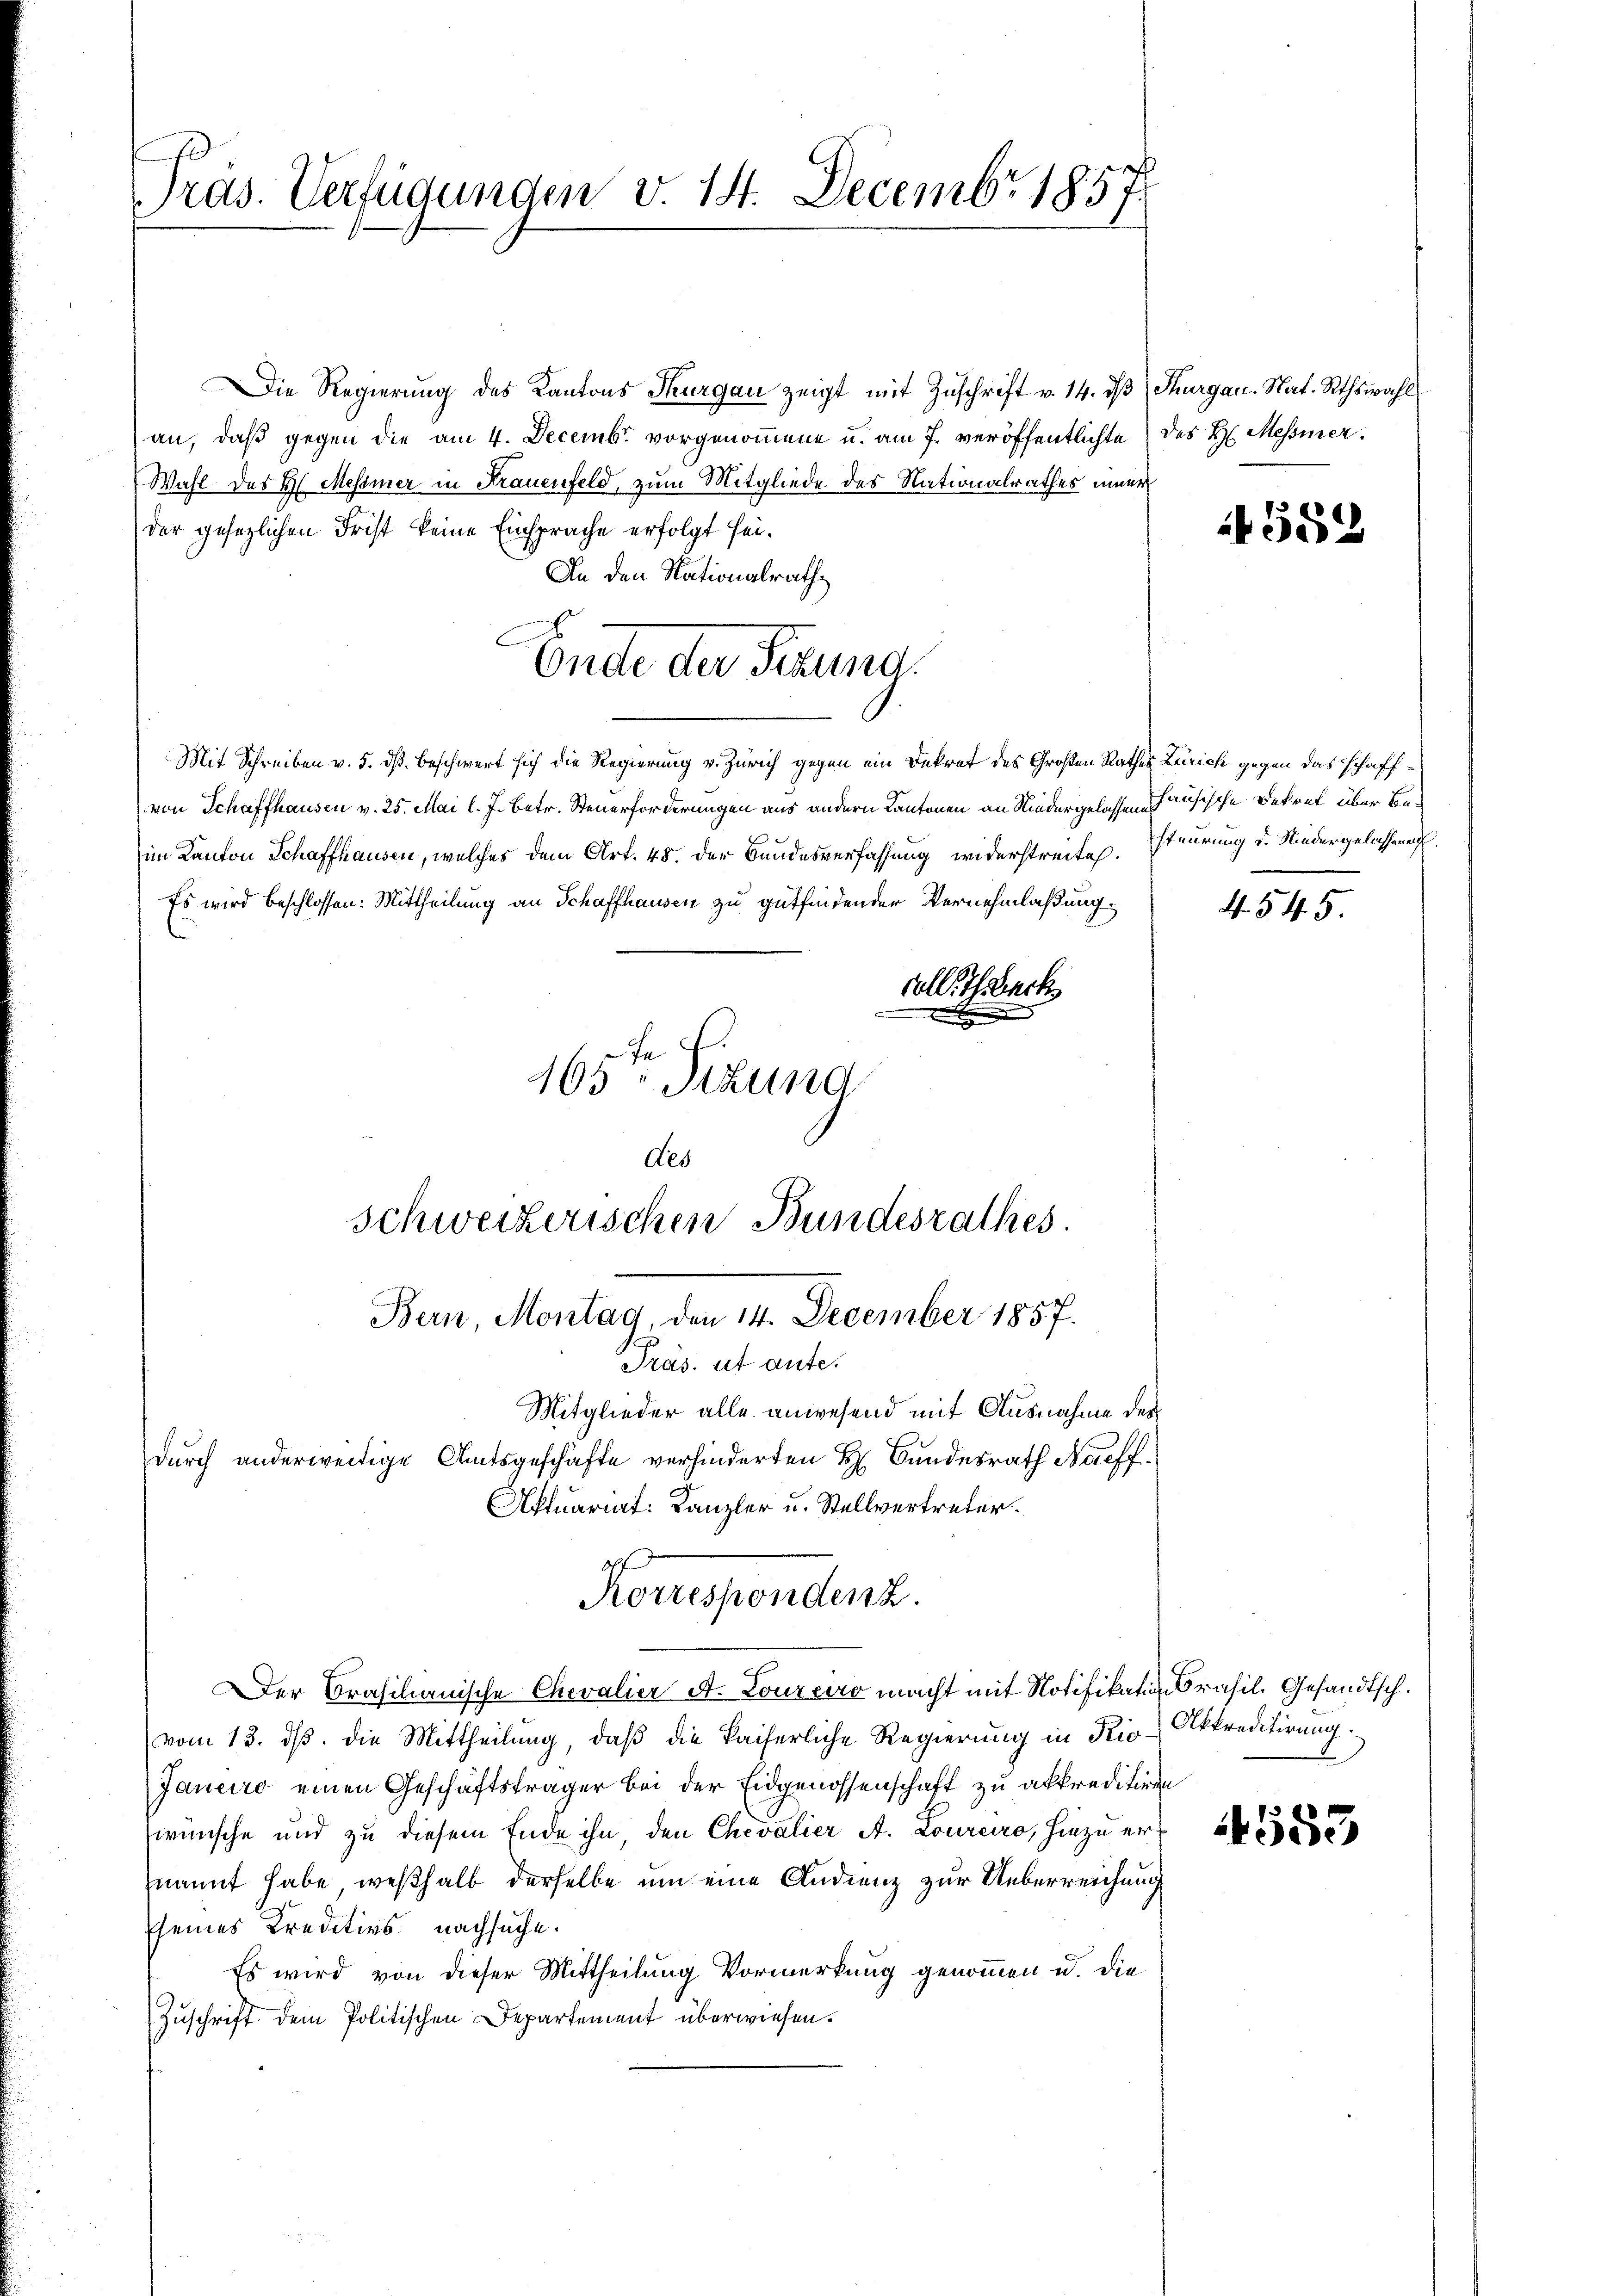
Präs. Verfügungen v. 14. Decembr 1857.

Die Regierŭng des Kantons Thurgau zeigt mit Zŭschrift v. 14. dβ Thurgau. Nat. Rthswahl
an, daß gegen die am 4. Decembr. vorgenommene u. am 7. veröffentlichte des H. Messier
Wahl des H. Messner in Frauenfeld, zum Mitgliede des Nationalrathes inner
der gesezlichen Frist keine Einsprache erfolgt sei.
An den Nationalrath
Mit Schreiben v. 5. dß. beschwert sich die Regierung v. Zürich gegen ein Dekret des Großen Rathes Zürich gegen das schaffvon Schaffhausen v. 25. Mai l. J. Betr. Steuerforderungen aus andern Kantonen an Niedergelassenschausische Bekret über Beim Kanton Schaffhausen, welches dem Art. 48. Der Bandesverfassung widerstreites. steurung d. Niedergelassenen
Es wird beschlossen: Mittheilung an Schaffhausen zu gutfindender Vernehmlaßungval. Thack
165ten Sizung
des
schweizerischen Bundesrathes.
Bern, Montag, den 14. December 1857.
Präs. ut aute.

Mitglieder alle anwesend mit Ausnahme der
durch anderweitige Amtsgeschäfte verhinderten H. Bundesrath Naeff¬
Aktuariat: Kanzler u. Stellvertreter.
Korrespondenz.

Ende der Sitzung.

Der Brasilianische Chevalier A. Loureiro macht mit Notifikation rasil. Gesandtsch.
vom 13. ds. die Mittheilung, daß die kaiserliche Regierung in Rio Akkreditirung.
Janeiro einen Geschäftsträger bei der Eidgenossenschaft zu akkreditiren
wünsche und zu diesem Ende ihn, den Chevalier A. Lourero, hiezu ernannt habe, weßhalb derselbe um eine Andrenz zur Ueberreichung
sseines Kreditivs nachsuche.
Es wird von dieser Mittheilung Vormerkung genommen u. die
Zuschrift dem Politischen Departement überwiesen.

4552

4545.

1553